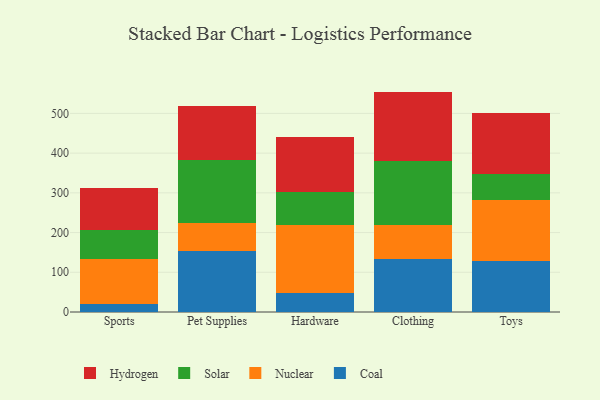
{"axis": {"x": "Category", "y": "Website Visitors"}, "legend": ["Coal", "Hydrogen", "Nuclear", "Solar"], "data": [{"x": "Sports", "y": 20.9, "type": "Coal"}, {"x": "Sports", "y": 113.8, "type": "Nuclear"}, {"x": "Sports", "y": 71.4, "type": "Solar"}, {"x": "Sports", "y": 106.5, "type": "Hydrogen"}, {"x": "Pet Supplies", "y": 153.3, "type": "Coal"}, {"x": "Pet Supplies", "y": 70.7, "type": "Nuclear"}, {"x": "Pet Supplies", "y": 159.0, "type": "Solar"}, {"x": "Pet Supplies", "y": 135.5, "type": "Hydrogen"}, {"x": "Hardware", "y": 48.1, "type": "Coal"}, {"x": "Hardware", "y": 171.9, "type": "Nuclear"}, {"x": "Hardware", "y": 83.0, "type": "Solar"}, {"x": "Hardware", "y": 137.9, "type": "Hydrogen"}, {"x": "Clothing", "y": 133.5, "type": "Coal"}, {"x": "Clothing", "y": 84.7, "type": "Nuclear"}, {"x": "Clothing", "y": 162.2, "type": "Solar"}, {"x": "Clothing", "y": 174.5, "type": "Hydrogen"}, {"x": "Toys", "y": 127.5, "type": "Coal"}, {"x": "Toys", "y": 155.6, "type": "Nuclear"}, {"x": "Toys", "y": 64.0, "type": "Solar"}, {"x": "Toys", "y": 153.0, "type": "Hydrogen"}]}